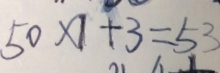
5 0 \times 1 + 3 = 5 3